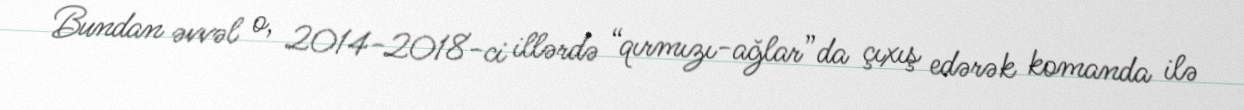
Bundan əvvəl o, 2014-2018-ci illərdə “qırmızı-ağlar”da çıxış edərək komanda ilə